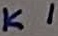
Text: K1